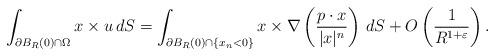
LaTeX: \begin{align*} \int_{\partial B_R(0) \cap \Omega} x \times u\, dS = \int_{\partial B_R(0) \cap \{x_n < 0\}} x \times \nabla \left(\frac {p\cdot x}{|x|^n}\right)\, dS + O\left( \frac{1}{R^{1+\varepsilon}}\right).\end{align*}